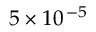
5 \times { 1 0 ^ { \, - 5 } }